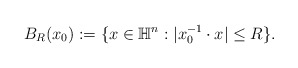
\begin{align*} \begin{aligned} B_R(x_0):=\{x\in \mathbb{H}^n:|x_0^{-1}\cdot x|\leq R\}. \end{aligned}\end{align*}